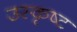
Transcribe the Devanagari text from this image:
उस्कृष्ट